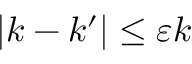
| k - k ^ { \prime } | \leq \varepsilon k